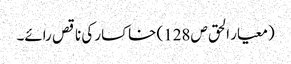
(معیار الحق ص128) خاکسار کی ناقص رائے۔